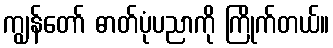
ကျွန်တော် ဓာတ်ပုံပညာကို ကြိုက်တယ်။